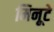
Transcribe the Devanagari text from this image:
मिनूटे